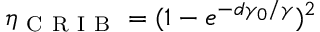
\eta _ { \mathrm { ~ C ~ R ~ I ~ B ~ } } = ( 1 - e ^ { - d \gamma _ { 0 } / \gamma } ) ^ { 2 }